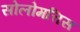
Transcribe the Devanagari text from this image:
सोलोमत्तिस